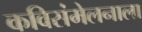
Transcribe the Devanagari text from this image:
कविसंमेलनाला